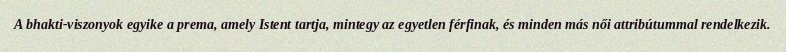
A bhakti-viszonyok egyike a prema, amely Istent tartja, mintegy az egyetlen férfinak, és minden más női attribútummal rendelkezik.